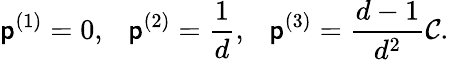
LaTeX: \mathsf{p}^{(1)}=0,~~~\mathsf{p}^{(2)}=\frac{{1}}{{d}},~~~\mathsf{p}^{(3)}=\frac{{d-1}}{{d^{2}}}\mathcal{{C}}.